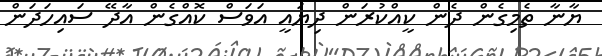
ޔާނާ ތެމިގެން ދެން ކީއްކުރަން ދިޔައީ އަވަސް ކޮއްގެން އާދޭ ސައިހަދަން